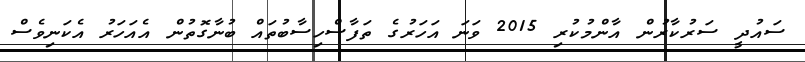
ސައުދީ ސަރުކާރުން އާންމުކުރި 2015 ވަނަ އަހަރުގެ ތަފާސްހިސާބުތައް ބުނާގޮތުން އެއަހަރު އެކަނިވެސް